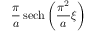
{ \frac { \pi } { a } } \operatorname { s e c h } \left( { \frac { \pi ^ { 2 } } { a } } \xi \right)